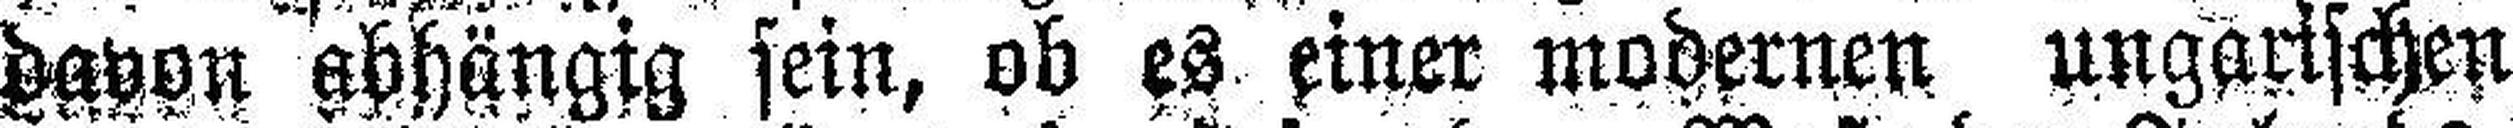
davon abhängig sein, ob es einer modernen ungarischen